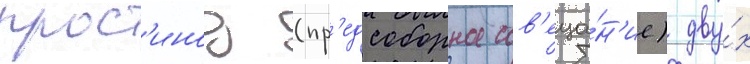
прос'инод (пр'едсоборное сов'еща́н'ие) дву́х